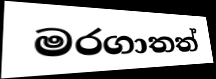
මරගාතත්